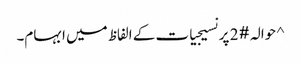
^ حوالہ #2 پر نسیجیات کے الفاظ میں ابہام۔